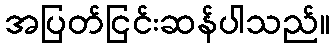
အပြတ်ငြင်းဆန်ပါသည်။